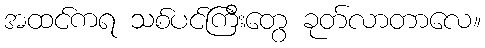
အထင်ကရ သစ်ပင်ကြီးတွေ ခုတ်လာတာလေ။